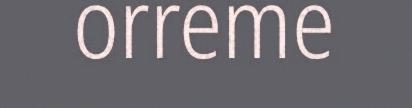
orreme